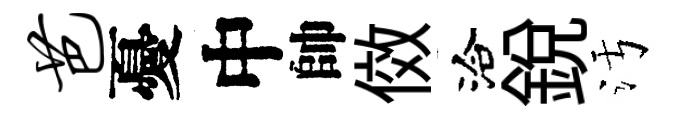
芭憂中帥傚洽銳污